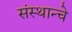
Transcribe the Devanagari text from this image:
संस्थान्चे